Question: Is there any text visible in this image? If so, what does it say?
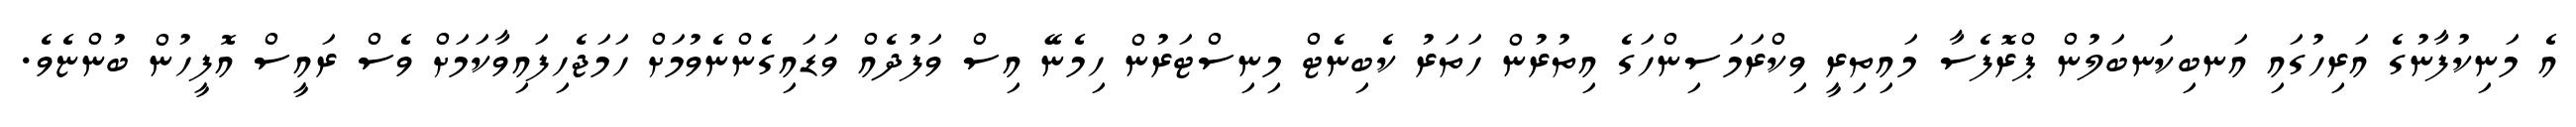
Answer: އެ މަނިކުފާނުގެ އަރިހުގައި އަނބިކަނބަލުން ޕްރޮފެސާ މައިތިރީ ވިކްރަމަސިންހަގެ އިތުރުން ހަތަރު ކެބިނެޓް މިނިސްޓަރުން ހިމެނޭ އިސް ވަފުދެއް ވަޑައިގެންނެވުމަށް ހަމަޖެހިފައިވާކަމަށް ވެސް ރައީސް އޮފީހުން ބުންޏެވެ.